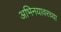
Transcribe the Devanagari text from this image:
अभिनयावरच्या